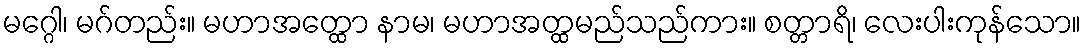
မဂ္ဂေါ၊ မဂ်တည်း။ မဟာအတ္ထော နာမ၊ မဟာအတ္ထမည်သည်ကား။ စတ္တာရိ၊ လေးပါးကုန်သော။